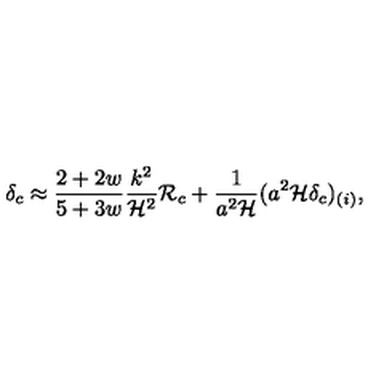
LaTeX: \delta _ { c } \approx { \frac { 2 + 2 w } { 5 + 3 w } } { \frac { k ^ { 2 } } { { \cal H } ^ { 2 } } } { \cal R } _ { c } + { \frac { 1 } { a ^ { 2 } { \cal H } } } ( a ^ { 2 } { \cal H } \delta _ { c } ) _ { ( i ) } ,